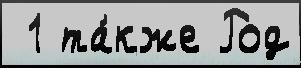
 1 та́кже Род